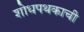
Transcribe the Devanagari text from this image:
शोधपथकाची